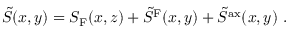
\tilde { S } ( x , y ) = S _ { \mathrm { F } } ( x , z ) + \tilde { S } ^ { \mathrm { F } } ( x , y ) + \tilde { S } ^ { \mathrm { a x } } ( x , y ) \ .